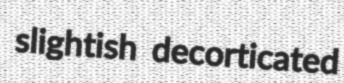
slightish decorticated